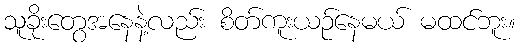
သူခိုးတွေအနေနဲ့လည်း စိတ်ကူးယဉ်နေမယ် မထင်ဘူး။